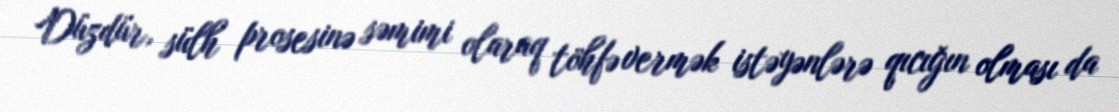
Düzdür, sülh prosesinə səmimi olaraq töhfə vermək istəyənlərə qıcığın olması da